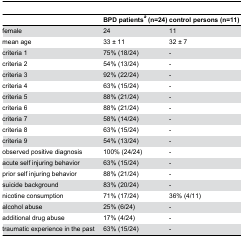
<table><thead><tr><td></td><td><b>BPD patients<sup><i>a</i></sup> (n=24)</b></td><td><b>control persons (n=11)</b></td></tr></thead><tbody><tr><td>female</td><td>24</td><td>11</td></tr><tr><td>mean age</td><td>33 ± 11</td><td>32 ± 7</td></tr><tr><td>criteria 1</td><td>75% (18/24)</td><td>-</td></tr><tr><td>criteria 2</td><td>54% (13/24)</td><td>-</td></tr><tr><td>criteria 3</td><td>92% (22/24)</td><td>-</td></tr><tr><td>criteria 4</td><td>63% (15/24)</td><td>-</td></tr><tr><td>criteria 5</td><td>88% (21/24)</td><td>-</td></tr><tr><td>criteria 6</td><td>88% (21/24)</td><td>-</td></tr><tr><td>criteria 7</td><td>58% (14/24)</td><td>-</td></tr><tr><td>criteria 8</td><td>63% (15/24)</td><td>-</td></tr><tr><td>criteria 9</td><td>54% (13/24)</td><td>-</td></tr><tr><td>observed positive diagnosis</td><td>100% (24/24)</td><td>-</td></tr><tr><td>acute self injuring behavior</td><td>63% (15/24)</td><td>-</td></tr><tr><td>prior self injuring behavior</td><td>88% (21/24)</td><td>-</td></tr><tr><td>suicide background</td><td>83% (20/24)</td><td>-</td></tr><tr><td>nicotine consumption</td><td>71% (17/24)</td><td>36% (4/11)</td></tr><tr><td>alcohol abuse</td><td>25% (6/24)</td><td>-</td></tr><tr><td>additional drug abuse</td><td>17% (4/24)</td><td>-</td></tr><tr><td>traumatic experience in the past</td><td>63% (15/24)</td><td>-</td></tr></tbody></table>